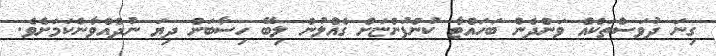
ގިނަ ދުވަސްތަކެއް ވަންދެން ބަހައްޓާ ކުންފުންޏަށް ގެއްލުން ލިބޭ ހިސާބަށް ދިޔަ ނުދެއްވާނެކަމަށެވެ.